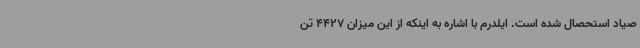
صیاد استحصال شده است. ایلدرم با اشاره به اینکه از این میزان 4427 تن